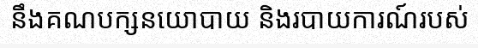
នឹងគណបក្សនយោបាយ និងរបាយការណ៍របស់